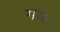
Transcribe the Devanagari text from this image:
गसा